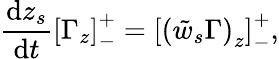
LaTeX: \frac{\mathrm{d}z_{s}}{\mathrm{d}t}\left[\Gamma_{z}\right]_{-}^{+}=\left[\left(\tilde{w}_{s}\Gamma\right)_{z}\right]_{-}^{+},